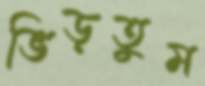
ভিড়তুম